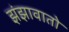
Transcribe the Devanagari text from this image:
झंझावातो